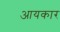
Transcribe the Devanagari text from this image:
आयकार